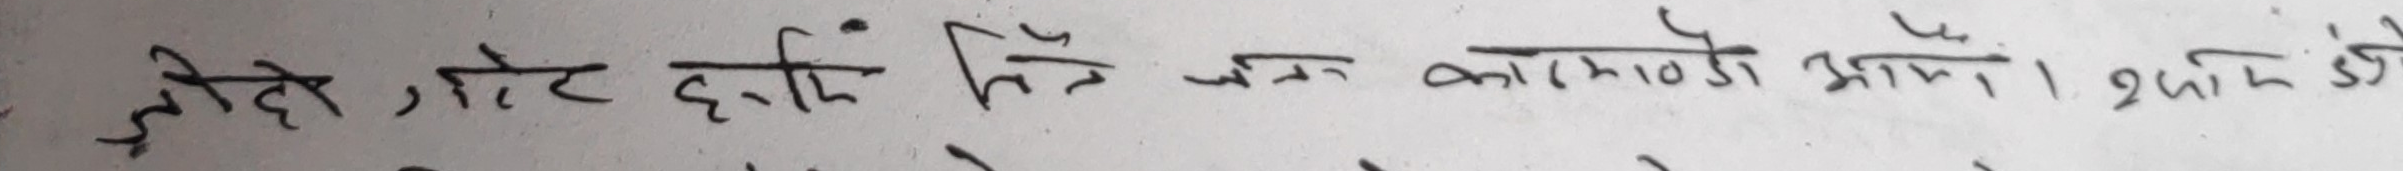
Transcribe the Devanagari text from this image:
होते, छोट हाँजि तिन जन काठमाडौँ आए। २ दिन छोडै